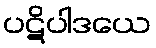
ပဋိပါဒယေ